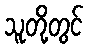
သူတို့တွင်